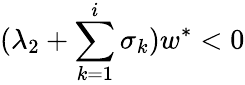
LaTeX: (\lambda_{2}+\sum_{k=1}^{i}\sigma_{k})w^{\ast}<0